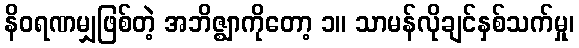
နိဝရဏမျှဖြစ်တဲ့ အဘိဇ္ဈာကိုတော့ ၁။ သာမန်လိုချင်နှစ်သက်မှု၊